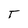
Character: T